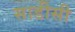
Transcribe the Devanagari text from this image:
साडीसी